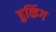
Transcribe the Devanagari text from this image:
हुकिंग